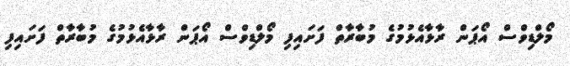
މޯލްޑިވްސް އޯޕަން ރާޅާއެޅުމުގެ މުބާރާތް ފަށައިފި މޯލްޑިވްސް އޯޕަން ރާޅާއެޅުމުގެ މުބާރާތް ފަށައިފި